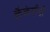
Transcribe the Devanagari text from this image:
कैकेयीची